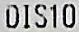
DIS10